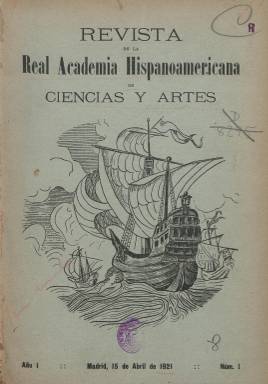
Título: Revista de la Real Academia Hispanoamericana de Ciencias y Artes
Colección: Cultura
Ámbito geográfico: Madrid
Lugar de publicación: Madrid
Fechas: 01/01/1921-31/12/1922

Esta revista fue publicada durante los años 1921 y 1922, formando su colección un total de quince números. Editada desde la sección madrileña de la Real Academia Hispanoamericana de Ciencias y Artes, que había sido constituida en Cádiz en 1909, y cuando había dejado de editar esta su Boletín y había publicado anteriormente, en la misma ciudad gaditana, su primera revista con el mismo título que este, entre 1910 y 1916, que también forman parte de los fondos de la Biblioteca Nacional de España (BNE). Los encargados de su edición eran académicos de esta institución incardinada en el movimiento americanista, que tenía como objeto “cultivar las relaciones artísticas, literarias y científicas entre España y América”.

Dirige la revista Juan B. Acebedo, siendo su redactor-jefe, José Fuster Botella, y secretario de redacción, José María Gamoneda. En su cuadro de redactores se encuentran Blanca de los Ríos de Lampérez, Gabriel Maura Gamazo, Adolfo Bonilla San Martín, Manuel S. Pichardo, Antonio Bartolomé y Más, Adolfo Pons y Umbert y Javier Oliva, entre otros. Formaron parte del consejo de la revista Luis Ortega Morejón, José María de Olaguer y Feliú, el doctor Santiago Carro y el Conde de Cedillo.

Sus entregas son de paginación variada, entre las 32 y el medio centenar de páginas, compuestas a una columna. Eran estampadas en la Imprenta del Ministerio de Marina. En cada número suele insertar, cuando menos, un par de láminas con fotograbados, generalmente de retratos de personalidades, tanto españolas como hispanoamericanas, y entre estas los de los presidentes de sus respectivas repúblicas. Con cubierta ilustrada con un grabado y un sumario en cada número. Señala que se publicaba los días 15 de cada mes, aunque en su cabecera indica sólo el año, correspondiendo los primeros nueve números a 1921 y los restantes a 1922.

Aparecen publicados textos de carácter histórico, literario, artístico, económico o diplomático, así como crónicas de actos culturales, conferencias y eventos, como fue el II Congreso de Historia y Geografía Hispanoamericanas, el Centenario de Santa Teresa o el Día de la Raza. Publica noticias de las actuaciones y actividades de la academia, y notas telegráficas. Tiene algunas secciones, como la científica, que firma el doctor Carro; la política, por Adolfo Pons, y la denominada Valores y cotizaciones, por Javier Oliva. También tendrá otra de libros, revistas y periódicos. Inserta alguna publicidad comercial.

Entre sus autores se encuentran parte de los académicos ya citados, así como Rafael Altamira, Antonio Bartolomé y Más, Rodolfo Reyes, Antonio Royo Villanueva o Francisco Alcántara.

Este título fue continuado por Revista hispanoamericana de ciencias letras y artes, también con periodicidad mensual y editada en Madrid, que a partir de agosto de 1924 continua su serie, y forma parte así mismo de la colección de la BNE, hasta su última entrega de mayo-junio de 1936.